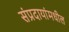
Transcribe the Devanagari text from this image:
संप्रदायांमधील